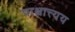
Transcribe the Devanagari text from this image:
पाश्चात्त्यय